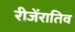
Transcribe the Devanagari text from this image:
रीजेंरातिव